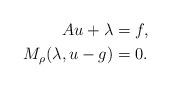
LaTeX: \begin{align*}Au + \lambda &= f, \\M_\rho(\lambda, u - g) &= 0.\end{align*}